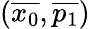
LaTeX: \left(\overline{{x_{0}}},\overline{{p_{1}}}\right)